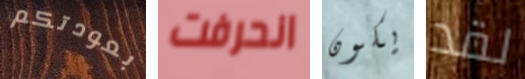
بعودتكم انحرفت يكون لقد